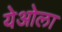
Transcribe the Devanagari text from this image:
येओला